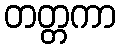
တတ္တကာ